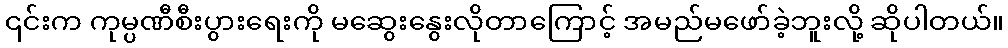
၎င်းက ကုမ္ပဏီစီးပွားရေးကို မဆွေးနွေးလိုတာကြောင့် အမည်မဖော်ခဲ့ဘူးလို့ ဆိုပါတယ်။